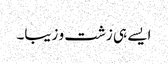
ایسے ہی زشت و زیبا۔